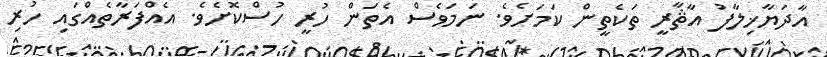
އާދަޔާޚިލާފު އާޘާރީ ތަކެތީން ކަމަށެވެ. ނަމަވެސް އެތަން ހުރީ ހުސްކޮށެވެ. އެއްފަރާތެއްގައި ހުރި